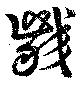
齩